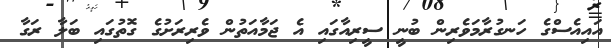
އައިއެސްގެ ހަނގުރާމަވެރިން ބުނީ ސީރިއާގައި އެ ޖަމާއަތުން ވެރިރަށުގެ ގޮތުގައި ބަލާ ރަގާ